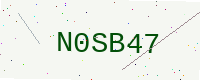
Text: N0SB47